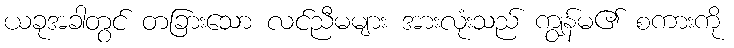
ယခုအခါတွင် တခြားသော လင်ညီမများ အားလုံးသည် ကျွန်မ၏ စကားကို